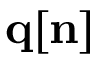
{ \bf q } { \bf [ n ] }